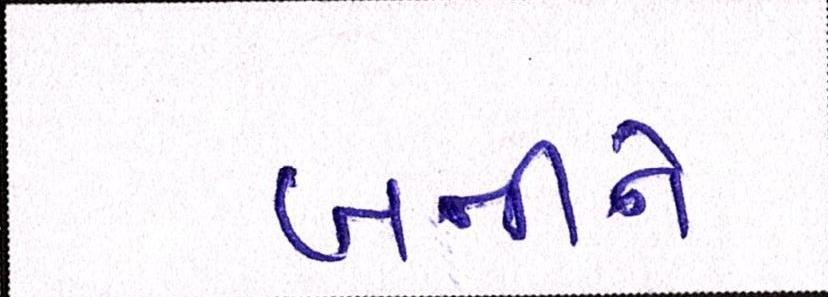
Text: બનીને